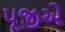
પૂજીએ